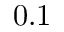
0 . 1